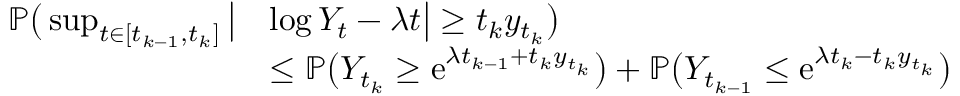
\begin{array} { r l } { \mathbb P \big ( \operatorname* { s u p } _ { t \in [ t _ { k - 1 } , t _ { k } ] } \big | } & { \log Y _ { t } - \lambda t \big | \geq t _ { k } y _ { t _ { k } } \big ) } \\ & { \leq \mathbb P \big ( Y _ { t _ { k } } \geq \mathrm e ^ { \lambda t _ { k - 1 } + t _ { k } y _ { t _ { k } } } \big ) + \mathbb P \big ( Y _ { t _ { k - 1 } } \leq \mathrm e ^ { \lambda t _ { k } - t _ { k } y _ { t _ { k } } } \big ) } \end{array}